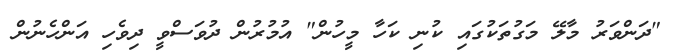
"ދަންވަރު މާލޭ މަގުތަކުގައި ކުނި ކަހާ މީހުން" އުމުރުން ދުވަސްވީ ދިވެހި އަންހެނުން